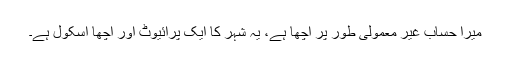
میرا حساب غیر معمولی طور پر اچھا ہے، یہ شہر کا ایک پرائیوٹ اور اچھا اسکول ہے۔